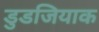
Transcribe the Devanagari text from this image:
डुडजियाक